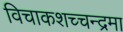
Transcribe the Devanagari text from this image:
विचाकशच्चन्द्रमा